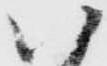
い